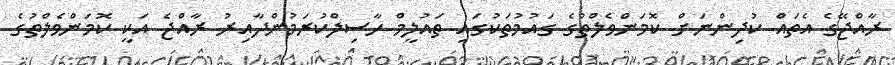
ރާއްޖޭގެ އެތައް ކުދިންނަށް ކޮމަންވެލްތުގެ ގައުމުތަކުގައި ތައުލީމް ހާސިލްކުރަމުންދާއިރު ރާއްޖެ އަކީ ކޮމަންވެލްތުގެ